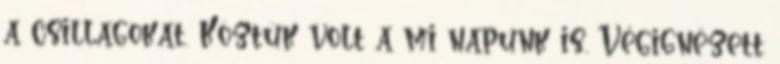
a csillagokat. Köztük volt a mi napunk is. Végignézett